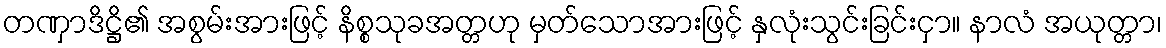
တဏှာဒိဋ္ဌိ၏ အစွမ်းအားဖြင့် နိစ္စသုခအတ္တဟု မှတ်သောအားဖြင့် နှလုံးသွင်းခြင်းငှာ။ နာလံ အယုတ္တာ၊